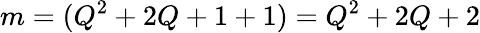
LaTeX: m=(Q^{2}+2Q+1+1)=Q^{2}+2Q+2